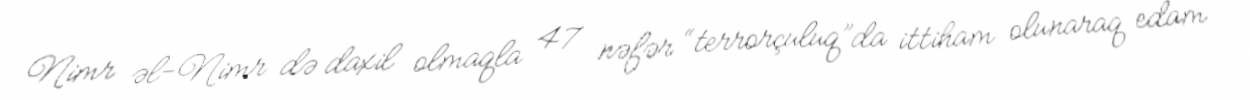
Nimr əl-Nimr də daxil olmaqla 47 nəfər “terrorçuluq”da ittiham olunaraq edam